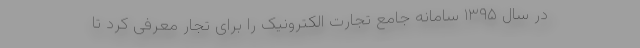
در سال ۱۳۹۵ سامانه جامع تجارت الکترونیک را برای تجار معرفی کرد تا